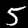
Label: 5